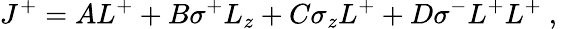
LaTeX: J^{+}={AL^{+}+B\sigma^{+}L_{z}+C\sigma_{z}L^{+}+D\sigma^{-}L^{+}L^{+}}~,\,